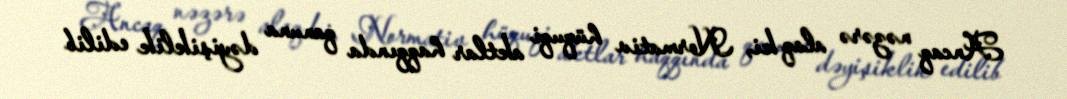
Ancaq nəzərə alaq ki, Normativ hüquqi aktlar haqqında qanuna dəyişiklik edilib